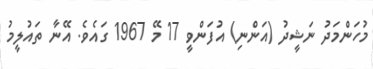
މުހަންމަދު ނަޝީދު (އަންނި) އުފަންވީ 17 މޭ 1967 ގައެވެ. އޭނާ ތައުލީމު